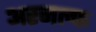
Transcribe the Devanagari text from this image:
अरनल्फ